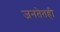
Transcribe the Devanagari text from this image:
जनतेतही